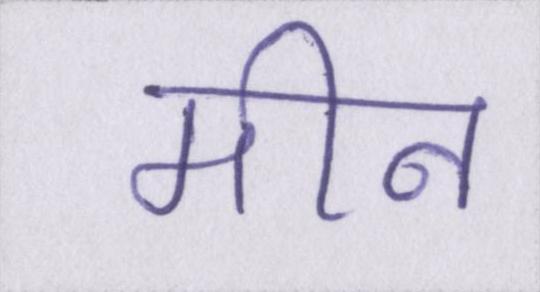
मीन